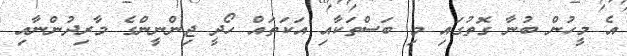
އެ މީހުން ބުނާ ގޮތުގައި މި ބަސްތަކާއި އަކަތައް ހޯދީ ޖިންނީންގެ މާރިދުންނާއި